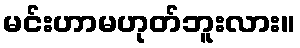
မင်းဟာမဟုတ်ဘူးလား။